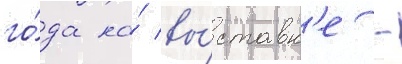
го́да на́ вы́ставк'е -